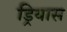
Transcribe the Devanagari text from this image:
ड्रियास